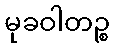
မုခဝါတဉ္စ